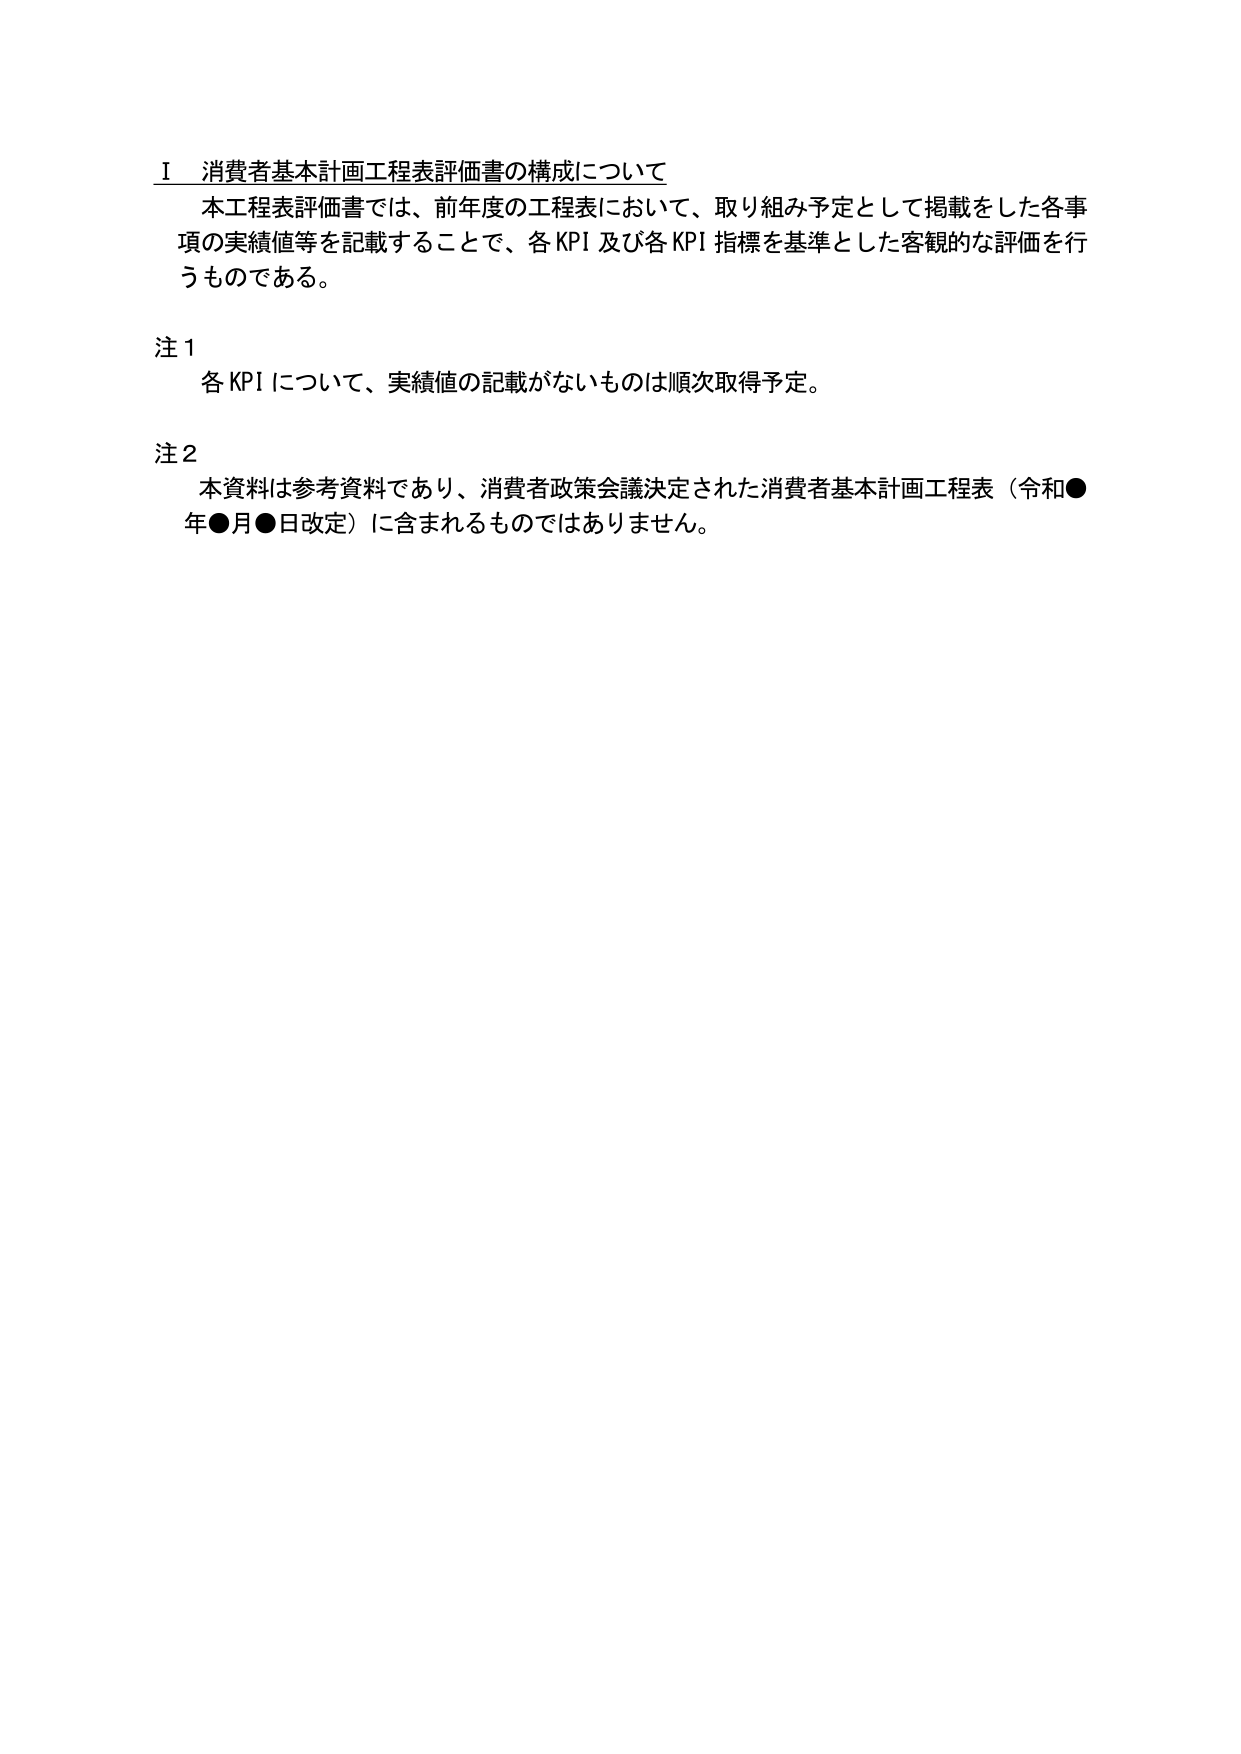
Ⅰ 消費者基本計画工程表評価書の構成について
本工程表評価書では、前年度の工程表において、取り組み予定として掲載をした各事項の実績値等を記載することで、各KPI及び各KPI指標を基準とした客観的な評価を行うものである。

注1
各KPIについて、実績値の記載がないものは順次取得予定。

注2
本資料は参考資料であり、消費者政策会議決定された消費者基本計画工程表（令和●年●月●日改定）に含まれるものではありません。